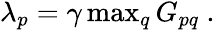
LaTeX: \begin{array}{r}{\lambda_{p}=\gamma\operatorname*{max}_{q}G_{pq}\ .}\end{array}